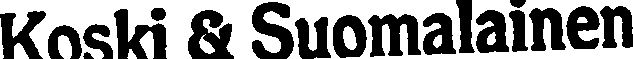
Koski & Suomalainen